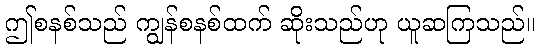
ဤစနစ်သည် ကျွန်စနစ်ထက် ဆိုးသည်ဟု ယူဆကြသည်။